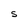
Character: S